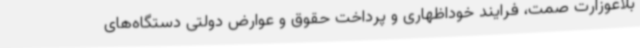
بلاغوزارت صمت، فرایند خوداظهاری و پرداخت حقوق و عوارض دولتی دستگاه‌های